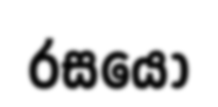
රසයෝ